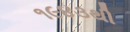
૧૯૪૩થી